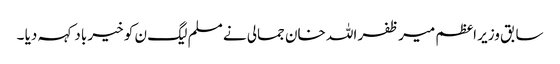
سابق وزیر اعظم میر ظفر اللہ خان جمالی نے مسلم لیگ ن کو خیر باد کہہ دیا ۔